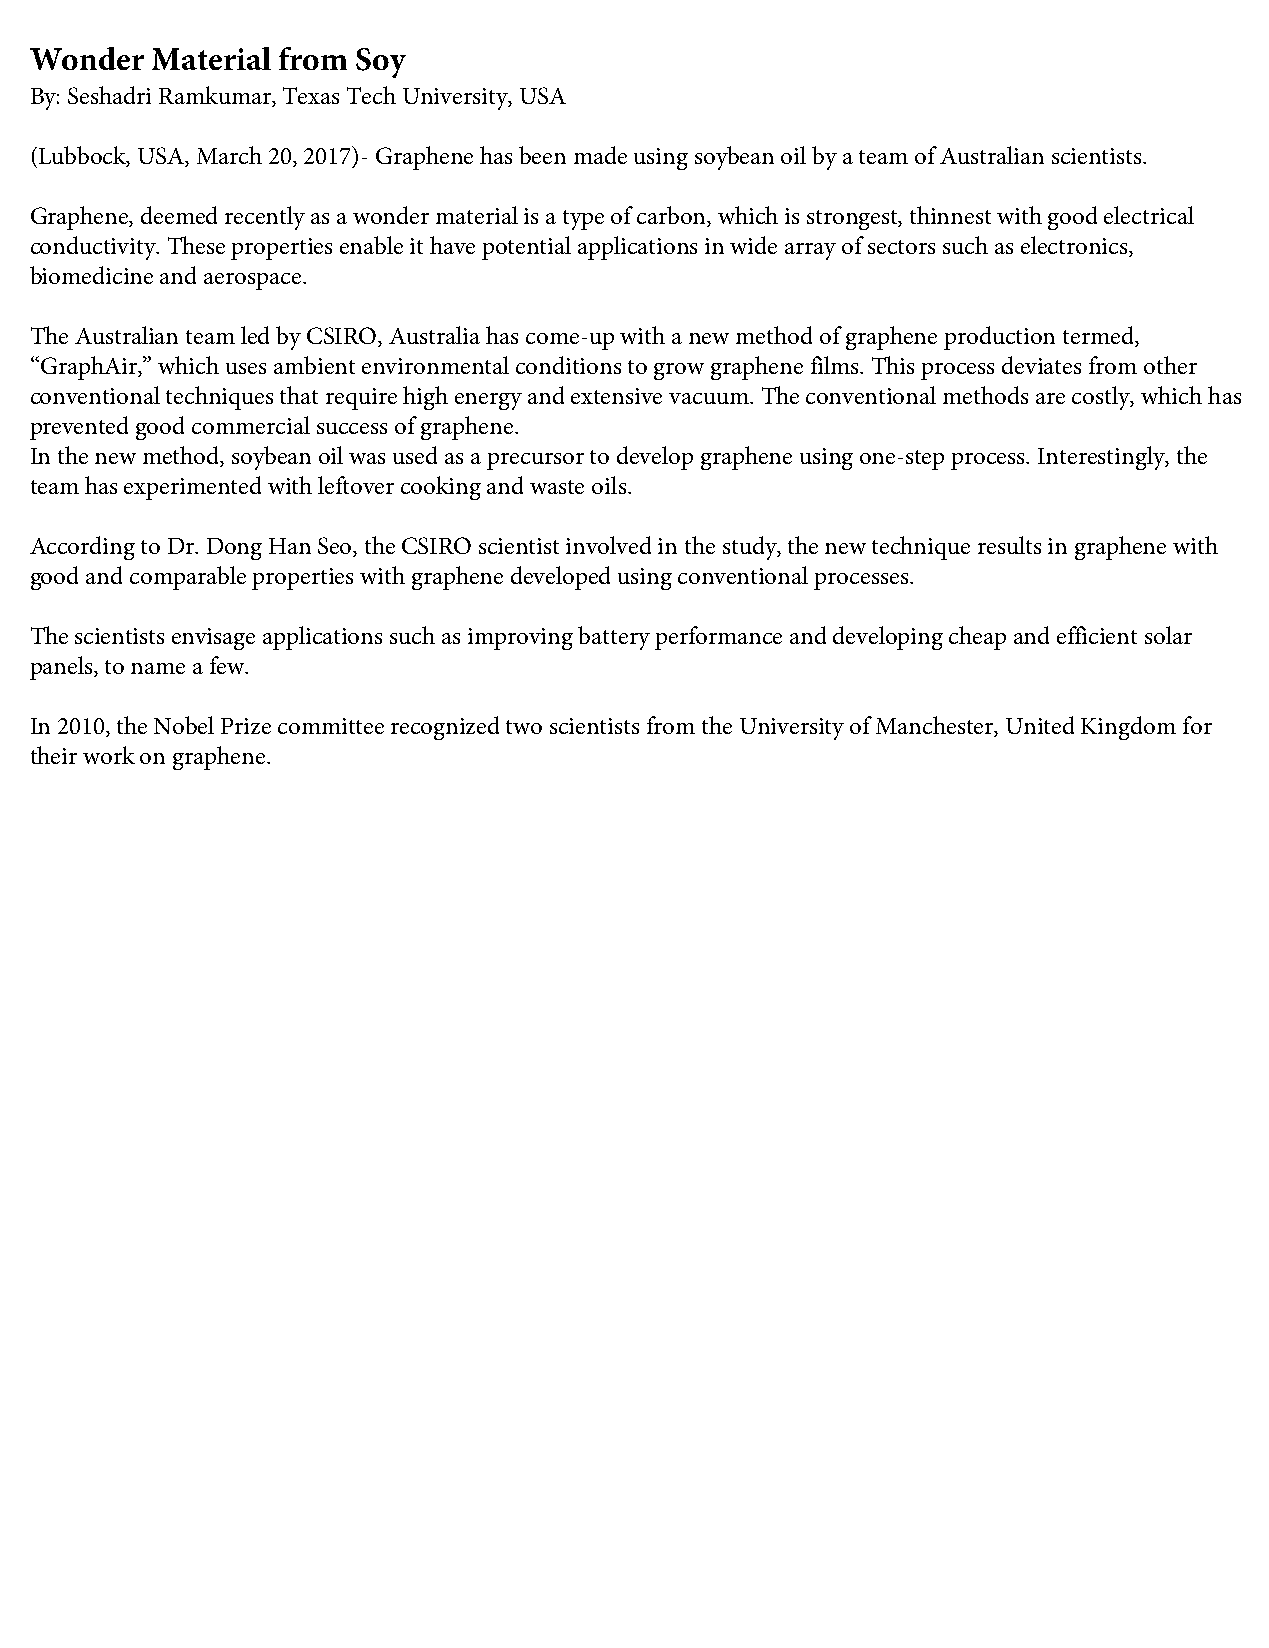
Wonder  Material from Soy
 By: Seshadri Ramkumar, Texas Tech University, USA
 (Lubbock, USA, March 20, 2017)- Graphene has been made using soybean oil by a team of Australian scientists.
 Graphene, deemed recently as a wonder material is a type of carbon, which is strongest, thinnest with good electrical
 conductivity. These properties enable it have potential applications in wide array of sectors such as electronics,
 biomedicine and aerospace.
 The Australian team led by CSIRO, Australia has come-up with a new method of graphene production termed,
 “GraphAir,” which uses ambient environmental conditions to grow graphene films. This process deviates from other
 conventional techniques that require high energy and extensive vacuum. The conventional methods are costly, which has
 prevented good commercial success of graphene.
 In the new method, soybean oil was used as a precursor to develop graphene using one-step process. Interestingly, the
 team has experimented with leftover cooking and waste oils.
 According to Dr. Dong Han Seo, the CSIRO scientist involved in the study, the new technique results in graphene with
 good and comparable properties with graphene developed using conventional processes.
 The scientists envisage applications such as improving battery performance and developing cheap and efficient solar
 panels, to name a few.
 In 2010, the Nobel Prize committee recognized two scientists from the University of Manchester, United Kingdom for
 their work on graphene.